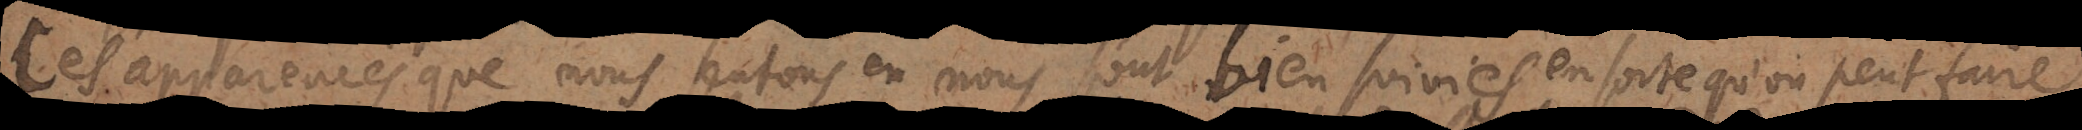
les apparences que nous sentons en nous sont bien suivies, en sorte qu’on peut faire